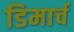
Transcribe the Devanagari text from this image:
डिमार्च